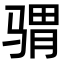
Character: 𩨅